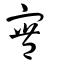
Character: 寷